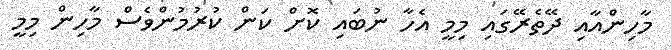
މާހިންއާއި ދޭތެރޭގައި މިމީ އެހާ ނުބައި ކޮށް ކަން ކުރުމުންވެސް މާހިން މިމީ